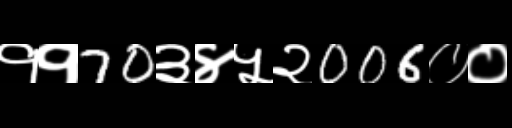
Text: ११70३४५२006००